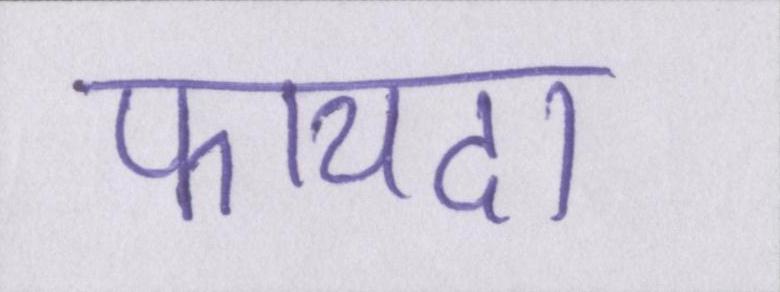
फायदा